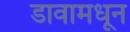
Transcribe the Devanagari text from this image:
डावामधून